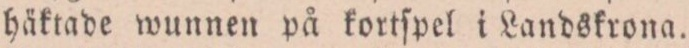
häktade wunnen på kortſpel i Landskrona.